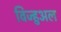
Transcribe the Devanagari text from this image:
विज्हुअल